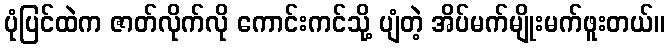
ပုံပြင်ထဲက ဇာတ်လိုက်လို ကောင်းကင်သို့ ပျံတဲ့ အိပ်မက်မျိုးမက်ဖူးတယ်။